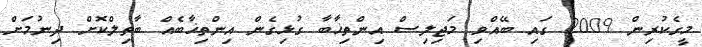
މީގެކުރިން 2009 ގައި ބޭއްވި މަޖިލިސް އިންތިޚާބާ ގުޅިގެން އިންތިޚާބެއް ބާތިލްކޮށް ދިނުމަށް